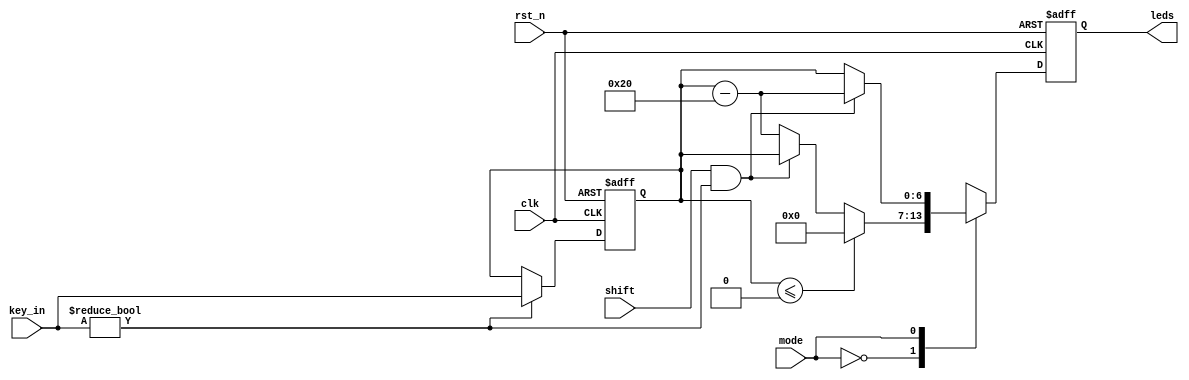
`timescale 1ns / 1ps
//////////////////////////////////////////////////////////////////////////////////
// Company: 
// Engineer: 
// 
// Design Name: 
// Module Name: LED
// Project Name: 
// Target Devices: 
// Tool Versions: 
// Description: 
// 
// Dependencies: 
// 
// Revision:
// Revision 0.01 - File Created
// Additional Comments:
// 
//////////////////////////////////////////////////////////////////////////////////


module LED(
	input clk,
	input rst_n,
	input [6:0]key_in,
	input mode,
	input shift,
	output reg [6:0]leds
    );
	reg [6:0]leds_next;
	reg [6:0]key_in_now;  // current displayed lower case

	always@(posedge clk or negedge rst_n)
		if (~rst_n) begin
			leds <= 7'd0;
			key_in_now <= 4'd0;
		end
		else if (key_in != 0) begin 
			leds <= leds_next;
			key_in_now <= key_in;
		end
		else leds <= leds_next;

	always @*  
        case (mode)
            2'd0: begin  // upper
            	if (key_in_now <= 0) leds_next <= 0;
            	else if (shift && key_in != 0) leds_next <= key_in_now; // press shift and letter at the same time
            	else leds_next <= key_in_now - 7'd32;   // upper case
            end
            2'd1: begin  // lower
            	if (shift && key_in != 0) leds_next <= key_in_now - 7'd32; // press shift and letter at the same time
            	else leds_next <= key_in_now;  // lower case
            end
            default: begin
            	leds_next <= 7'd0;
        	end
        endcase

endmodule